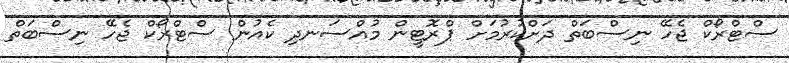
ސްޓްރޯކް ޖެހޭ ނިސްބަތް ދަށްކުރުމަށް ޕްރޮޓީން މުއްސަނދި ކެއުން ސްޓްރޯކް ޖެހޭ ނިސްބަތް